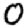
Digit: 0